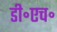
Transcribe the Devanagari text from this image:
डी॰एच॰